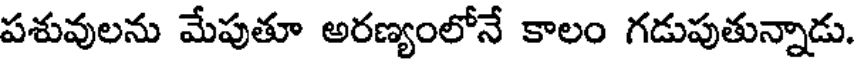
పశువులను మేపుతూ అరణ్యంలోనే కాలం గడుపుతున్నాడు.